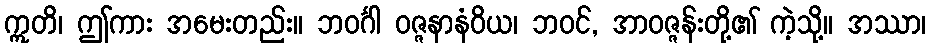
ဣတိ၊ ဤကား အမေးတည်း။ ဘဝင်္ဂါ ဝဇ္ဇနာနံဝိယ၊ ဘဝင်, အာဝဇ္ဇန်းတို့၏ ကဲ့သို့။ အဿာ၊